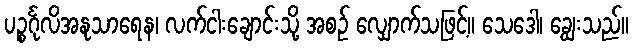
ပဉ္စင်္ဂုလိအနုသာရေန၊ လက်ငါးချောင်းသို့ အစဉ် လျှောက်သဖြင့်။ သေဒေါ၊ ချွေးသည်။